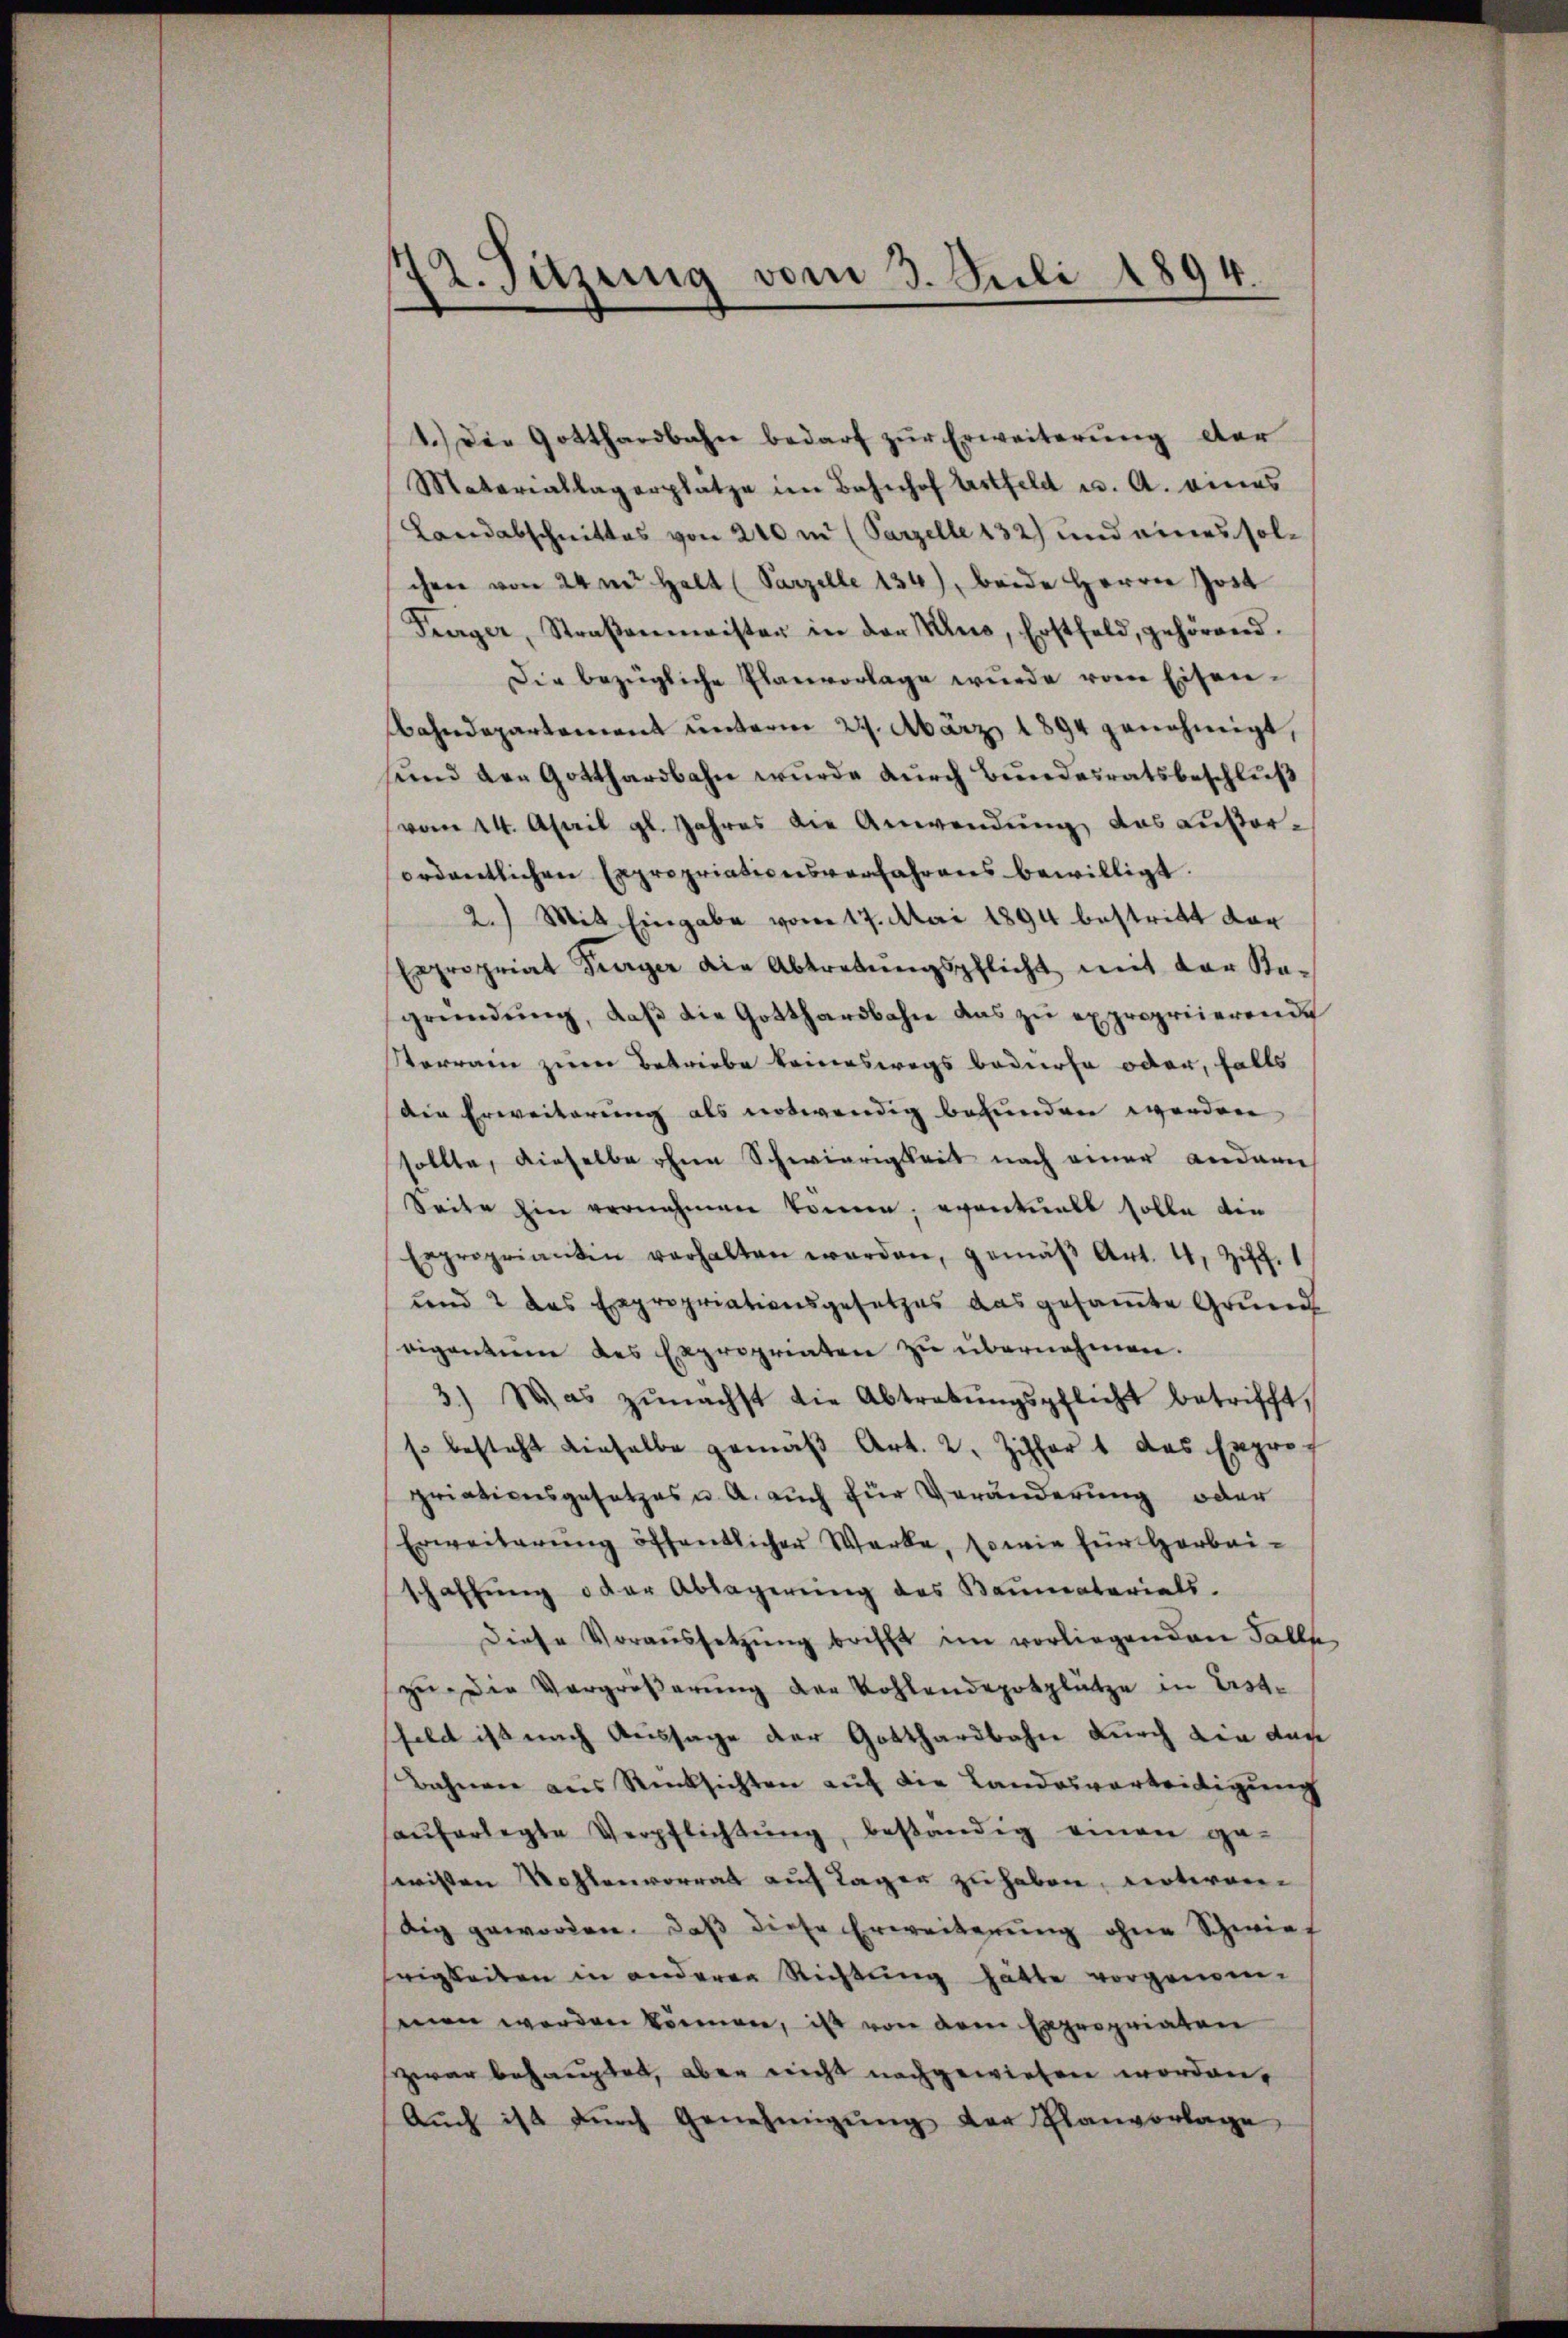
72. Sitzung vom 3. Juli 1894.

1.) Die Gotthardbahn bedarf zŭr Erweiterŭng der
Matariallagerplätze im Bahnhof Astfeld u. A. eines
Landabschnittes von 240 m (Parzelle 132) und eines solchen von 24m Halt (Parzelle 134), beide Herrn Jost
Feerger, Straβenmeister in der Haus, Erstfeld, gehörend
Die bezügliche Planvorlage wurde vom Eisen-
Bahndepartement unterm 27. März 1894 genehmigt,
und den Gotthardbahn wurde durch Bundesratsbeschluß
vom 24. April gl. Jahres die Anwendŭng das autorordentlichen Expropriationsverfahrens bewilligt.
2.) Mit Eingabe vom 17. Mai 1894 bestritt dar
Expropriat Turger die Abtretŭngspflicht mit der Ka-
gründŭng, daβ die Gotthardbahn das zu expropriierende
Vorranz zur Betriebe keineswegs bedürfe oder, falls
die Erweiterung als notwendig befunden worden,
sollte, dieselbe ohnen Schwierigkeit nach einer andern
Seite hin vernehmen könne, eventuels solle die
Expropriantin verhalten werden, gemäβ Art. 4, Ziff. 1
und 2 das Expropriationsgesetzes das gesamte Grund
vigentum des Expropriaten zu übernehmen.
3.) Was zŭnächst die Abtretŭngspflicht betrifft,
s besteht dieselbe gemäß Art. 2. Ziffer 1 das Expro-
priationsgesetzes u. a. auch für Veränderung oder
Erweiterŭng öffentlicher Werke, sowie für Herbei-
schaffŭng oder Ablagerŭng des Baumaterials.
diese Voraussetzŭng brifft im vorliegenden Falle
zu die Vergrößerung der Kohlendepotplatze in Erste
feld ist nach Aussage der Gotthardbahn durch die dar
Bahnen aus Rücksichten auf die Landesverteidigung
aŭferlegte Verpflichtŭng, beständig einen ge-
wissen Wohlenvorrat auf Lager zu haben, unteren
dig geworden. daβ diese Erweiterŭng ohne Schwier
rigkeiten in anderen Richtung hätte vorgenom-
men werden können, ist von dem Expropriaten
zwar behauptet, aber nicht nachgewiesen worden.
Aŭch ist dŭrch Genehmigŭng der Planvorlage